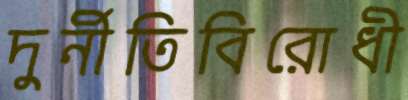
দুর্নীতিবিরোধী